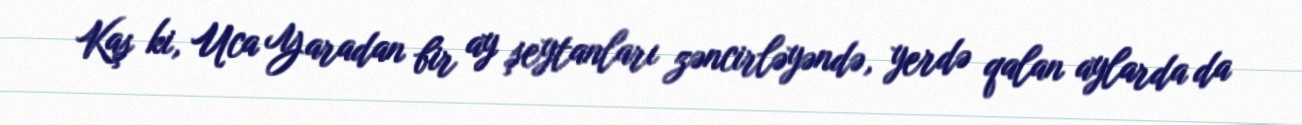
Kaş ki, Uca Yaradan bir ay şeytanları zəncirləyəndə, yerdə qalan aylarda da